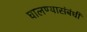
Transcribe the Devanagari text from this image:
घालण्यासंबंधी